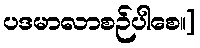
ပဒမာလာစဉ်ပါစေ။]